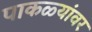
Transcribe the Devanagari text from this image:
पाकळ्यांवर